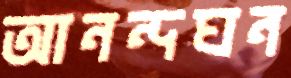
আনন্দঘন